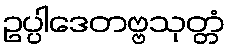
ဥပ္ပါဒေတဗ္ဗသုတ္တံ